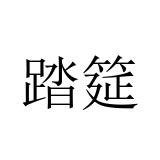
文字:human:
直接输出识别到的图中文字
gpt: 踏筵